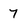
Character: 7